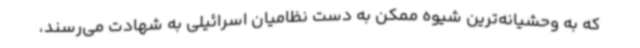
که به وحشیانه‌ترین شیوه ممکن به دست نظامیان اسرائیلی به شهادت می‌رسند،